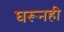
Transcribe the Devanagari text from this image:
घरूनही